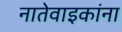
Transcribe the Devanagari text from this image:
नातेवाइकांना